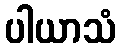
ပါယာသံ